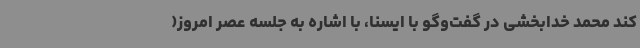
کند محمد خدابخشی در گفت‌وگو با ایسنا، با اشاره به جلسه عصر امروز(